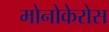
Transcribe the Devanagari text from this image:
मोनोकेरोस